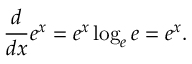
{ \frac { d } { d x } } e ^ { x } = e ^ { x } \log _ { e } e = e ^ { x } .